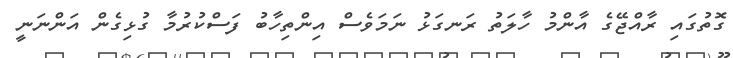
ގޮތުގައި ރާއްޖޭގެ އާންމު ހާލަތު ރަނގަޅު ނަމަވެސް އިންތިހާބު ފަސްކުރުމާ ގުޅިގެން އަންނަނީ